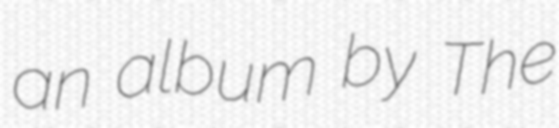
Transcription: an album by The